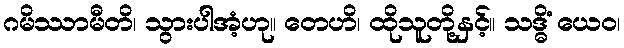
ဂမိဿာမီတိ၊ သွားပါအံ့ဟု။ တေဟိ၊ ထိုသူတို့နှင့်။ သဒ္ဓိံ ယေဝ၊